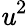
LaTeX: \mathit{u}^{2}